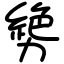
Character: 㔢